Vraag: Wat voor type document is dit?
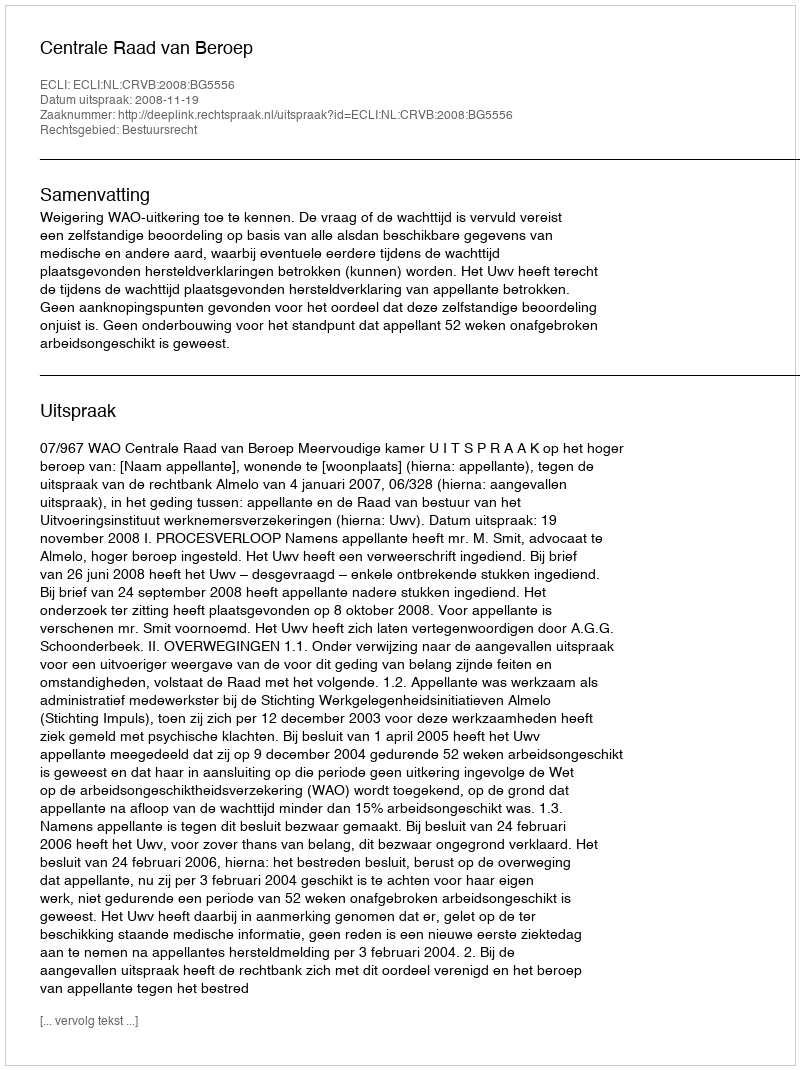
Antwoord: Uitspraak